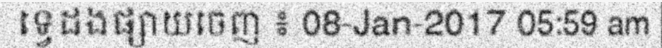
ទ្វេដងផ្សាយចេញ ៖ 08-Jan-2017 05:59 am